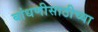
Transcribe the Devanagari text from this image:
बांधणीसाठीच्या